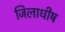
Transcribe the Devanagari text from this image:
जिलाधीष